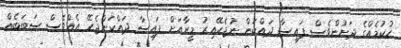
ހުކުމެއްގެ ދަށުންވެސް ފައިސާ ދައްކަން ނުޖެހޭއިރު މީރާއަށް ފައިސާ ދައްކަންޖެހޭ އެއްވެސް ސަބަބެއް